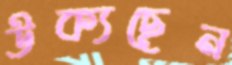
উক্যছেন